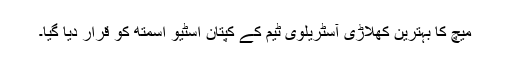
میچ کا بہترین کھلاڑی آسٹریلوی ٹیم کے کپتان اسٹیو اسمتھ کو قرار دیا گیا۔